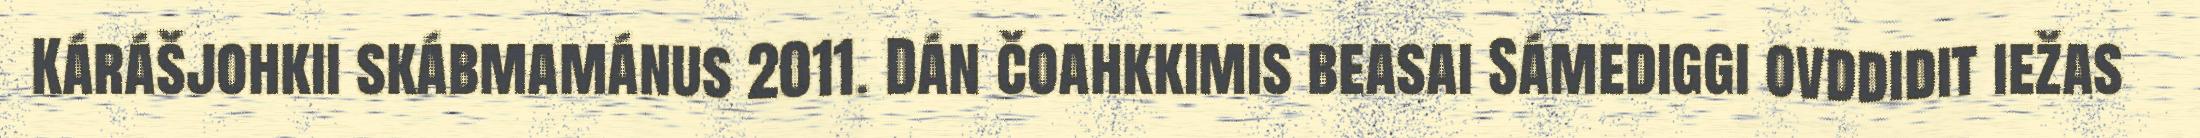
Kárášjohkii skábmamánus 2011. Dán čoahkkimis beasai Sámediggi ovddidit iežas